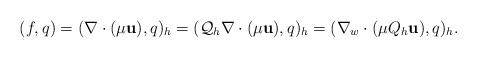
LaTeX: \begin{align*}(f,q)=(\nabla\cdot (\mu\textbf{u}),q)_h=({\cal Q}_h\nabla\cdot(\mu\textbf{u}),q)_h=(\nabla_w\cdot(\mu Q_h\textbf{u}),q)_h.\end{align*}